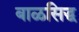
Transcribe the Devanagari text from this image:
बाळसिद्ध